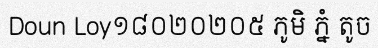
Doun Loy១៨០២០២០៥ ភូមិ ភ្នំ តូច